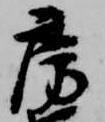
房